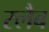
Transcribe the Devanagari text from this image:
स्‍लैब